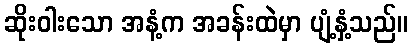
ဆိုးဝါးသော အနံ့က အခန်းထဲမှာ ပျံ့နှံ့သည်။